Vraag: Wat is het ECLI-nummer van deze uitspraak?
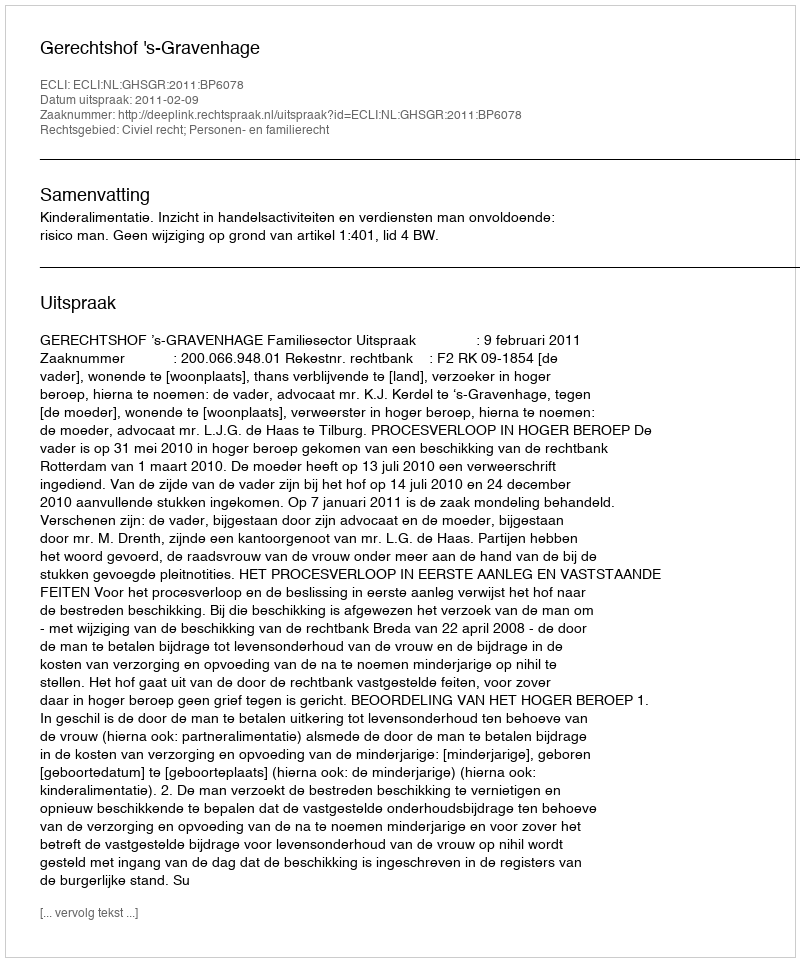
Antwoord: ECLI:NL:GHSGR:2011:BP6078